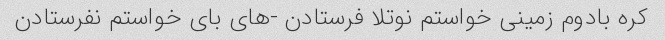
کره بادوم زمینی خواستم نوتلا فرستادن -های بای خواستم نفرستادن